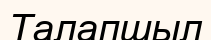
Талапшыл